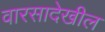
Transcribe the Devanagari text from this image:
वारसादेखील